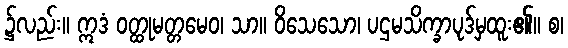
၌လည်း။ ဣဒံ ဝတ္ထုမတ္တမေဝ၊ သာ။ ဝိသေသော၊ ပဌမသိက္ခာပုဒ်မှထူး၏။ စ၊